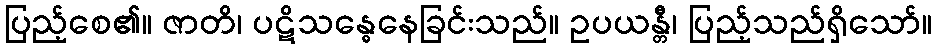
ပြည့်စေ၏။ ဇာတိ၊ ပဋိသန္ဓေနေခြင်းသည်။ ဥပယန္တီ၊ ပြည့်သည်ရှိသော်။